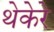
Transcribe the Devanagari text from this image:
थेकेरे